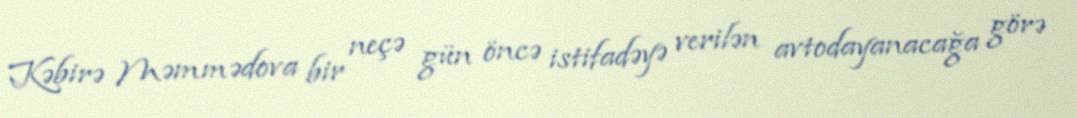
Kəbirə Məmmədova bir neçə gün öncə istifadəyə verilən avtodayanacağa görə